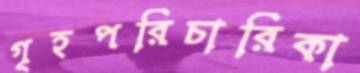
গৃহপরিচারিকা